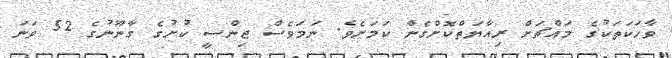
ވާހަކަތަކުގެ މައްޗަށް ރިއާޔަތްކޮށްގެން ކަމަށެވެ. ނަމަވެސް ޖިންސީ ކުށުގެ ގާނޫނުގެ 52 ވަނަ